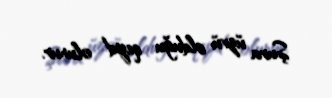
Şura üzvü olduğu qeyd olunur.